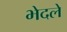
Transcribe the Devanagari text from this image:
भेदले